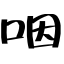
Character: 咽